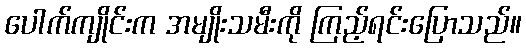
ပေါက်ကျိုင်းက အမျိုးသမီးကို ကြည့်ရင်းပြောသည်။